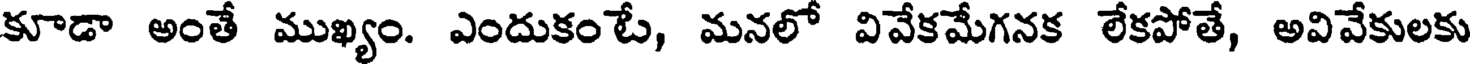
కూడా అంతే ముఖ్యం. ఎందుకంటే, మనలో వివేకమేగనక లేకపోతే, అవివేకులకు